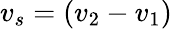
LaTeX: v_{s}=\left(v_{2}-v_{1}\right)